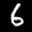
Label: 6